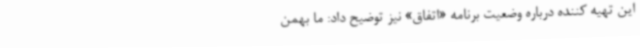
این تهیه کننده درباره وضعیت برنامه «اتفاق» نیز توضیح داد: ما بهمن